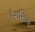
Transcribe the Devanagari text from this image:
हैरासिम